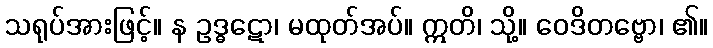
သရုပ်အားဖြင့်။ န ဥဒ္ဓဋော၊ မထုတ်အပ်။ ဣတိ၊ သို့။ ဝေဒိတဗ္ဗော၊ ၏။